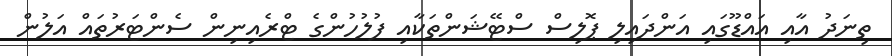
ތިނަދު އާއި އައްޑޫގައި އަންދައިލި ޕޮލިސް ސްޓޭޝަންތަކާއި ފުލުހުންގެ ޓްރެއިނިން ސެންޓަރުތައް އަލުން